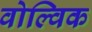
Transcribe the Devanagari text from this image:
वोल्विक